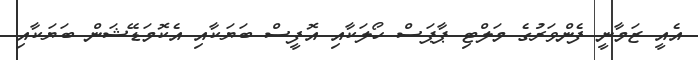
އެއީ ޒަމާނީ ފެންވަރުގެ މަލްޓި ޕާޕަސް ހޯލަކާއި އޮފީސް ބަޔަކާއި އެކޮމަޑޭޝަން ބަޔަކާއި